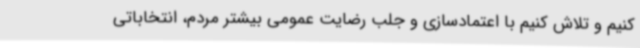
کنیم و تلاش کنیم با اعتمادسازی و جلب رضایت عمومی بیشتر مردم، انتخاباتی